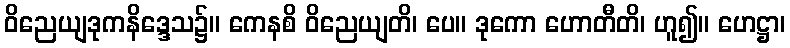
ဝိညေယျဒုကနိဒ္ဒေသ၌။ ကေနစိ ဝိညေယျတိ၊ ပေ။ ဒုကော ဟောတီတိ၊ ဟူ၍။ ဟေဋ္ဌာ၊